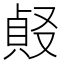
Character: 𠭹